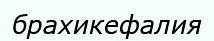
брахикефалия